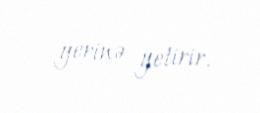
yerinə yetirir.